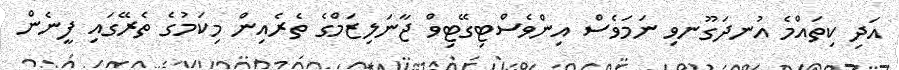
އަދި ކިތައްމެ އުނދަގޫނވި ނަމަވެސް އިންވެސްޓިގޭޓިވް ޖާނަލިޒަމްގެ ތެރެއިން މިކަމުގެ ތެރޭގައި ފީނެން